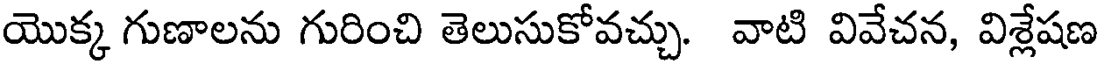
యొక్క గుణాలను గురించి తెలుసుకోవచ్చు. వాటి వివేచన, విశ్లేషణ